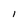
Character: l